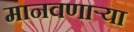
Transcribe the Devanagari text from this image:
मानवणाऱ्या